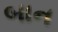
બાન